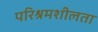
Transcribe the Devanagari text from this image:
परिश्रमशीलता